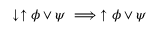
\downarrow \uparrow \phi \lor \psi \implies \uparrow \phi \lor \psi